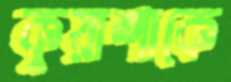
কুয়াশাকে